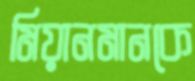
মিয়ানমানকে